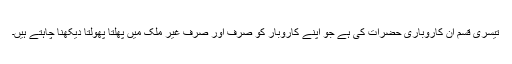
تیسری قسم ان کاروباری حضرات کی ہے جو اپنے کاروبار کو صرف اور صرف غیر ملک میں پھلتا پھولتا دیکھنا چاہتے ہیں۔